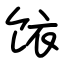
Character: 饻